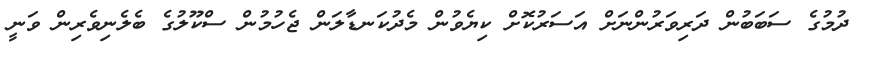
ދުމުގެ ސަބަބުން ދަރިވަރުންނަށް އަސަރުކޮށް ކިޔެވުން މެދުކަނޑާލަން ޖެހުމުން ސްކޫލުގެ ބެލެނިވެރިން ވަނީ